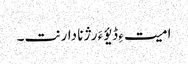
امیت ءِ ڈیؤ ءَ رژنا دارنت۔